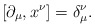
\begin{align*}[\partial_\mu,x^\nu]=\delta_\mu^\nu. \end{align*}